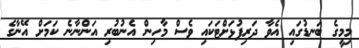
މިމީގެ ބަނޑުގައި އެވާ ދަރިފުޅަށްޓަކައި ވެސް މާހިން އެނުބުރި އަންނާނެ ކަމަށް އޭނާގެ